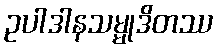
ဥပါဒါနသမ္မုဒိတဿ